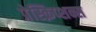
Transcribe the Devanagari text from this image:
प्रेस्क्रिप्शन्स